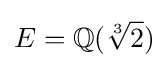
E=\mathbb {Q} ({\sqrt[{3}]{2}})